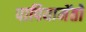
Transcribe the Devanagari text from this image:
पापियामेंतो